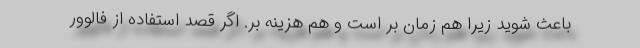
باعث شوید زیرا هم زمان بر است و هم هزینه بر. اگر قصد استفاده از فالوور